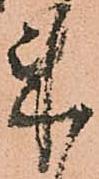
来